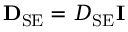
{ \bf D } _ { \mathrm { S E } } = D _ { \mathrm { S E } } { \bf I }